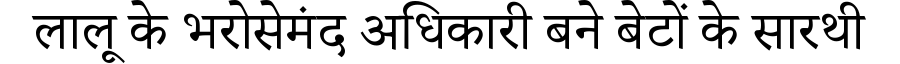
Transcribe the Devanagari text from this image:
लालू के भरोसेमंद अधिकारी बने बेटों के सारथी